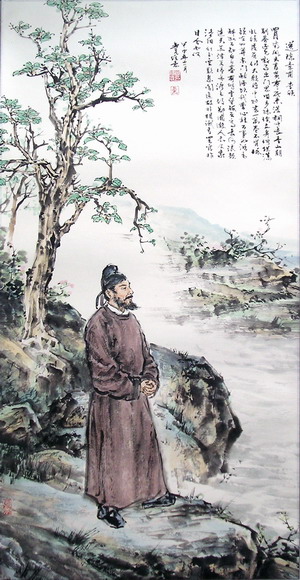
青山朝别暮还见，嘶马出门思旧乡。